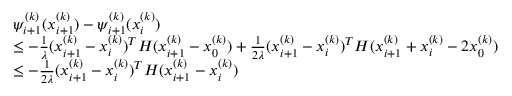
\begin{array} { r l } & { \psi _ { i + 1 } ^ { ( k ) } ( x _ { i + 1 } ^ { ( k ) } ) - \psi _ { i + 1 } ^ { ( k ) } ( x _ { i } ^ { ( k ) } ) } \\ & { \leq - \frac { 1 } { \lambda } ( x _ { i + 1 } ^ { ( k ) } - x _ { i } ^ { ( k ) } ) ^ { T } H ( x _ { i + 1 } ^ { ( k ) } - x _ { 0 } ^ { ( k ) } ) + \frac { 1 } { 2 \lambda } ( x _ { i + 1 } ^ { ( k ) } - x _ { i } ^ { ( k ) } ) ^ { T } H ( x _ { i + 1 } ^ { ( k ) } + x _ { i } ^ { ( k ) } - 2 x _ { 0 } ^ { ( k ) } ) } \\ & { \leq - \frac { 1 } { 2 \lambda } ( x _ { i + 1 } ^ { ( k ) } - x _ { i } ^ { ( k ) } ) ^ { T } H ( x _ { i + 1 } ^ { ( k ) } - x _ { i } ^ { ( k ) } ) } \end{array}